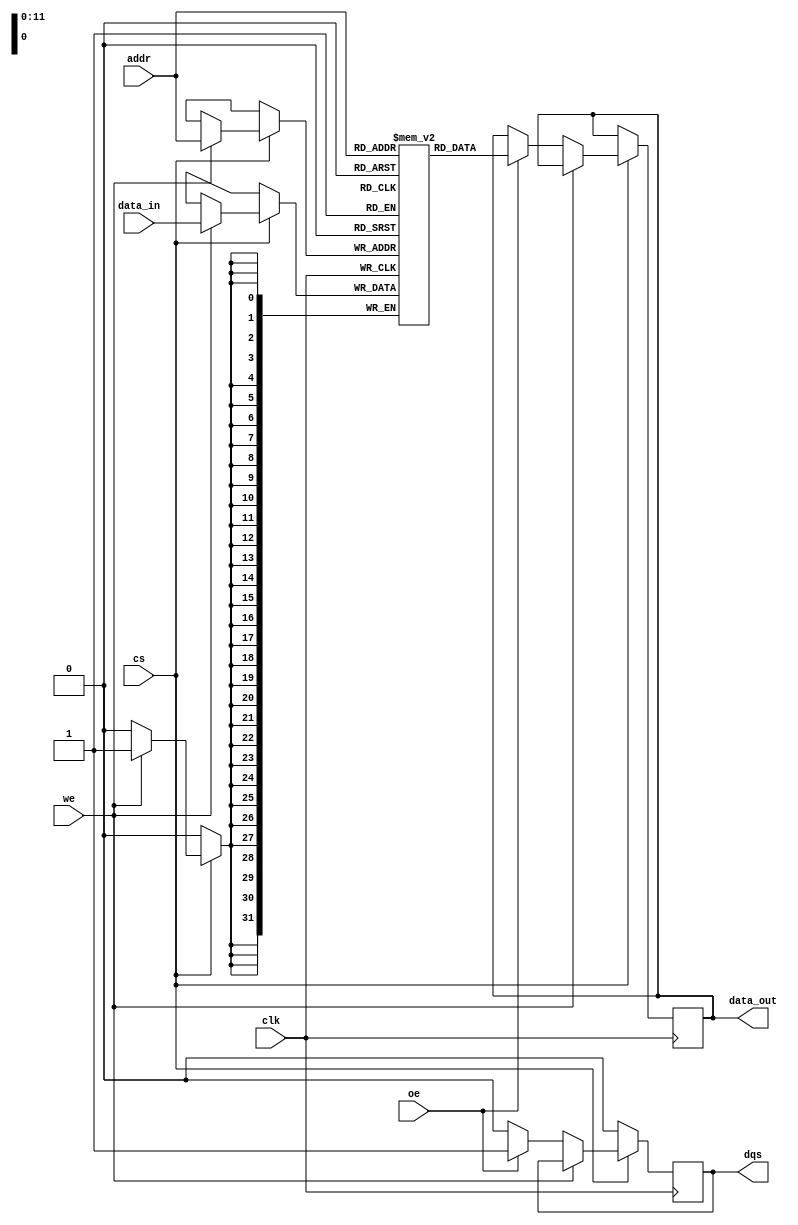
module sdram_io_block #(
    parameter DATA_WIDTH = 32,  // Width of data bus (8, 16, or 32 bits)
    parameter ADDR_WIDTH = 12    // Width of address bus (depends on memory size)
)(
    input wire clk,               // Clock input
    input wire cs,                // Chip Select
    input wire we,                // Write Enable
    input wire oe,                // Output Enable
    input wire [ADDR_WIDTH-1:0] addr,  // Address lines
    input wire [DATA_WIDTH-1:0] data_in, // Data input bus
    output reg [DATA_WIDTH-1:0] data_out, // Data output bus
    output reg dqs                // Data Strobe
);

    // Internal registers for data buffering
    reg [DATA_WIDTH-1:0] data_buffer;
    reg [DATA_WIDTH-1:0] memory [0:2**ADDR_WIDTH-1]; // Simple memory array

    // Refresh control (simplified)
    reg [7:0] refresh_counter;

    // State for refreshing the memory
    always @(posedge clk) begin
        if (refresh_counter == 8'hFF) begin
            // Refresh operation here
            // (In actual design, implement refresh logic)
            refresh_counter <= 0;
        end else begin
            refresh_counter <= refresh_counter + 1;
        end
    end

    // Synchronous read/write operations
    always @(posedge clk) begin
        if (cs) begin
            if (we) begin
                // Write operation
                memory[addr] <= data_in;   // Write data to memory
                data_buffer <= data_in;     // Update data buffer
            end else if (oe) begin
                // Read operation
                data_out <= memory[addr];   // Output data from memory
                dqs <= 1'b1;                 // Drive DQS high during output
            end else begin
                dqs <= 1'b0;                 // DQS low when idle
            end
        end else begin
            dqs <= 1'b0;                     // DQS low when chip is not selected
        end
    end

    // Optional: Parity check implementation (for simplicity, omitted here)

endmodule